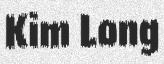
Kim Long